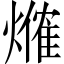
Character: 𤏥